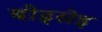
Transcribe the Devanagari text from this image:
बोइसेइ